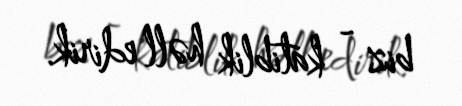
biz - katiblik həll edirik.